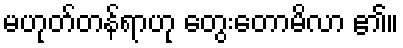
မဟုတ်တန်ရာဟု တွေးတောမိလာ ၏။